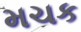
મચક